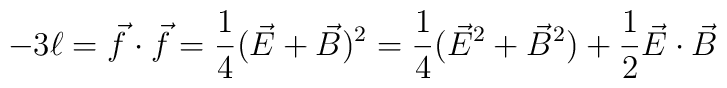
-3 \ell =\vec{f} \cdot \vec{f}= \frac{1}{4} (\vec{E} +\vec{B})^{2} = \frac{1}{4} (\vec{E}^{2} +\vec{B}^{2}) + \frac{1}{2} \vec{E} \cdot \vec{B}